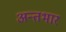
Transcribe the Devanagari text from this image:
अन्तभार